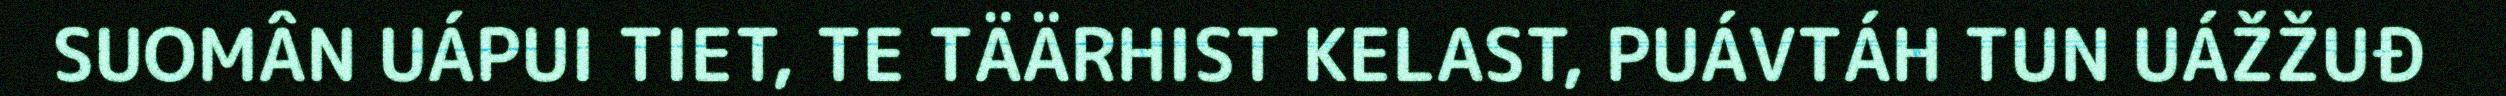
SUOMÂN UÁPUI TIET, TE TÄÄRHIST KELAST, PUÁVTÁH TUN UÁŽŽUĐ